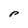
Character: P